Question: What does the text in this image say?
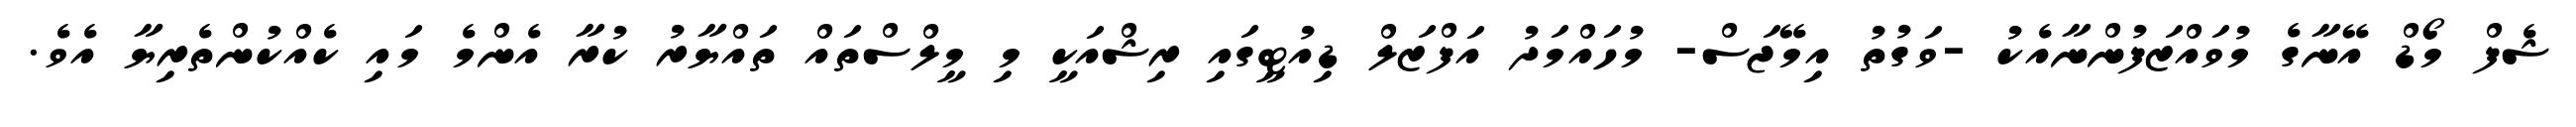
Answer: ޝެފް މޯޑް އޭނާގެ މުވައްޒަފުންނާއެކު -ވަގުތު އިމޭޖަސް- މުހައްމަދު އަފްޒަލް ޑިއުޓީގައި ރިޝްއަކީ މި މީލްސްތައް ތައްޔާރު ކުރާ އެންމެ މައި ކެއްކުންތެރިޔާ އެވެ.